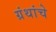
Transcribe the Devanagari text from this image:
ग्रंंथांचे